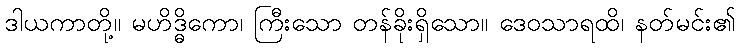
ဒါယကာတို့။ မဟိဒ္ဓိကော၊ ကြီးသော တန်ခိုးရှိသော။ ဒေဝသာရထိ၊ နတ်မင်း၏